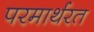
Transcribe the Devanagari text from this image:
परमार्थरत